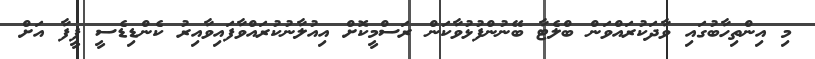
މި އިންތިހާބުގައި ވާދަކުރައްވަން ބްލެޓާ ބޭނުންފުޅުވާކަން ރަސްމީކޮށް އިއުލާނުކުރައްވާފައިވާއިރު ކެންޑިޑެސީ ފީފާ އަށް